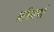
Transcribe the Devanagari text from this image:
अभिवर्या